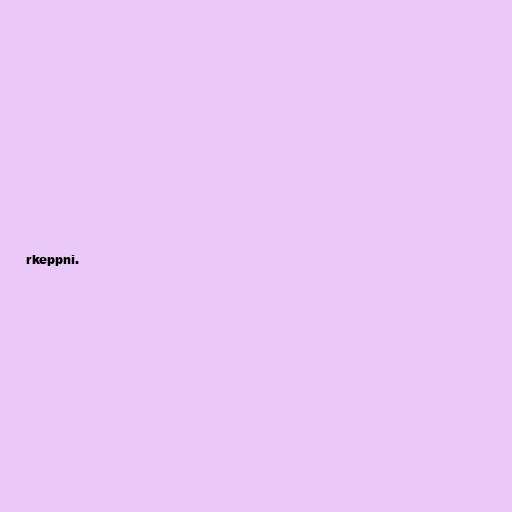
rkeppni.